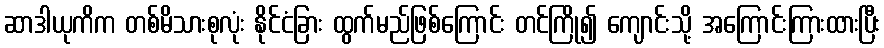
ဆာဒါယုကိက တစ်မိသားစုလုံး နိုင်ငံခြား ထွက်မည်ဖြစ်ကြောင်း တင်ကြို၍ ကျောင်းသို့ အကြောင်းကြားထားပြီး